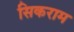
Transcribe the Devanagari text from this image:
सिकराम